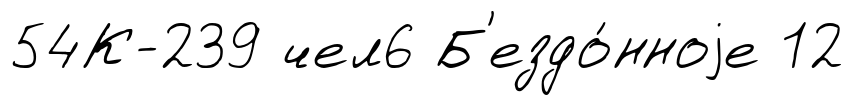
54К-239 чел6 Б'ездо́нноjе 12